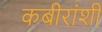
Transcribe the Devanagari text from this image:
कबीरांशी